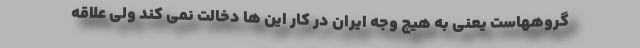
گروههاست یعنی به هیچ وجه ایران در کار این ها دخالت نمی کند ولی علاقه